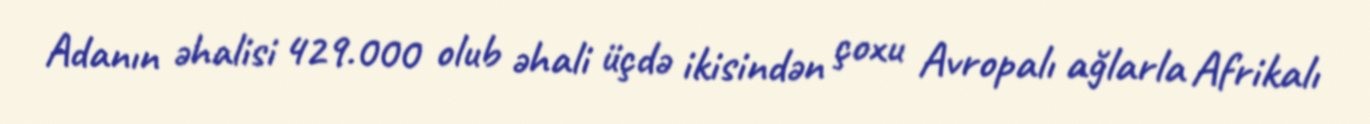
Adanın əhalisi 429.000 olub əhali üçdə ikisindən çoxu Avropalı ağlarla Afrikalı